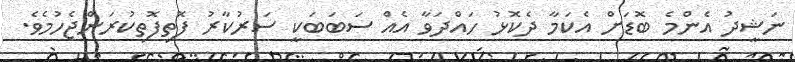
ނަޝީދު އެންމެ ބޮޑަށް އެކަމާ ދެކޮޅު ހައްދަވާ އެއް ސަބަބަކީ ސަރުކާރު ފޮތިފޮތިކުރަންޖެހުމެވެ.